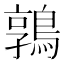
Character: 鶉